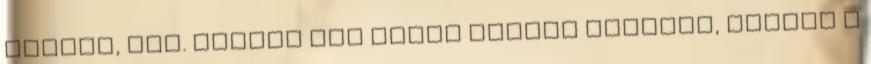
ráncos, stb. persze egy ideig voltak gondjai, hiszen a